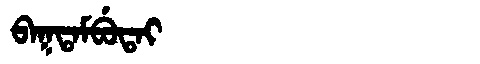
Manchu: ᠪᠠᡴᡨᠠᠮᠪᡠᡨᠠᡳ
Romanization: BAKTAMBUTAI